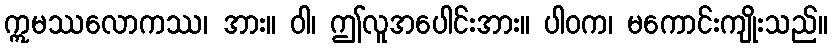
ဣမဿလောကဿ၊ အား။ ဝါ၊ ဤလူအပေါင်းအား။ ပါဝက၊ မကောင်းကျိုးသည်။